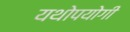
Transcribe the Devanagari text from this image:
यथोपयोगी